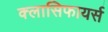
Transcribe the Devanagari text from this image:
क्लासिफायर्स